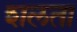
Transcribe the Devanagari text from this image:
शलता